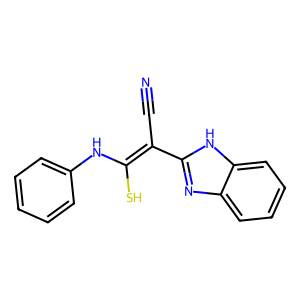
SMILES: N#CC(=C(S)Nc1ccccc1)c1nc2ccccc2[nH]1
Inhibits HIV replication: No